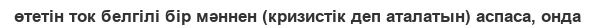
өтетін ток белгілі бір мәннен (кризистік деп аталатын) аспаса, онда